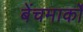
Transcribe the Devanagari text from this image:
बेंचमार्कों